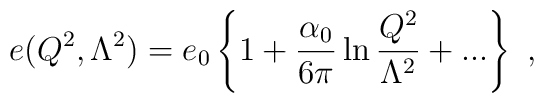
e(Q^2,\Lambda^2)=e_0\left\{1+\frac{\alpha_0}{6\pi}\ln\frac{Q^2}{\Lambda^2}+...\right\}~,